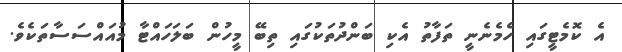
އެ ކޮމެޓީގައި ހެމެނެނީ ތަފާތު އެކި ބަންދުތަކުގައި ތިބޭ މީހުން ބަލަހައްޓާ މުއައްސަސާތަކެވެ.